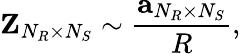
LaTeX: {\mathbf{Z}}_{N_{R}\times N_{S}}\sim\frac{\textbf{a}_{N_{R}\times N_{S}}}{R},